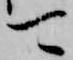
可